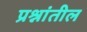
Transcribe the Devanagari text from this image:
प्रश्नांतील